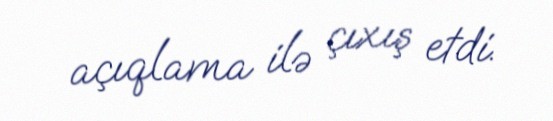
açıqlama ilə çıxış etdi.